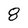
Character: 8